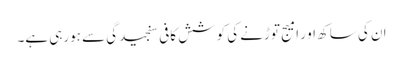
ان کی ساکھ او ر امیج توڑنے کی کوشش کافی سنجیدگی سے ہورہی ہے۔